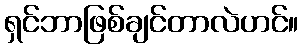
ရှင်ဘာဖြစ်ချင်တာလဲဟင်။